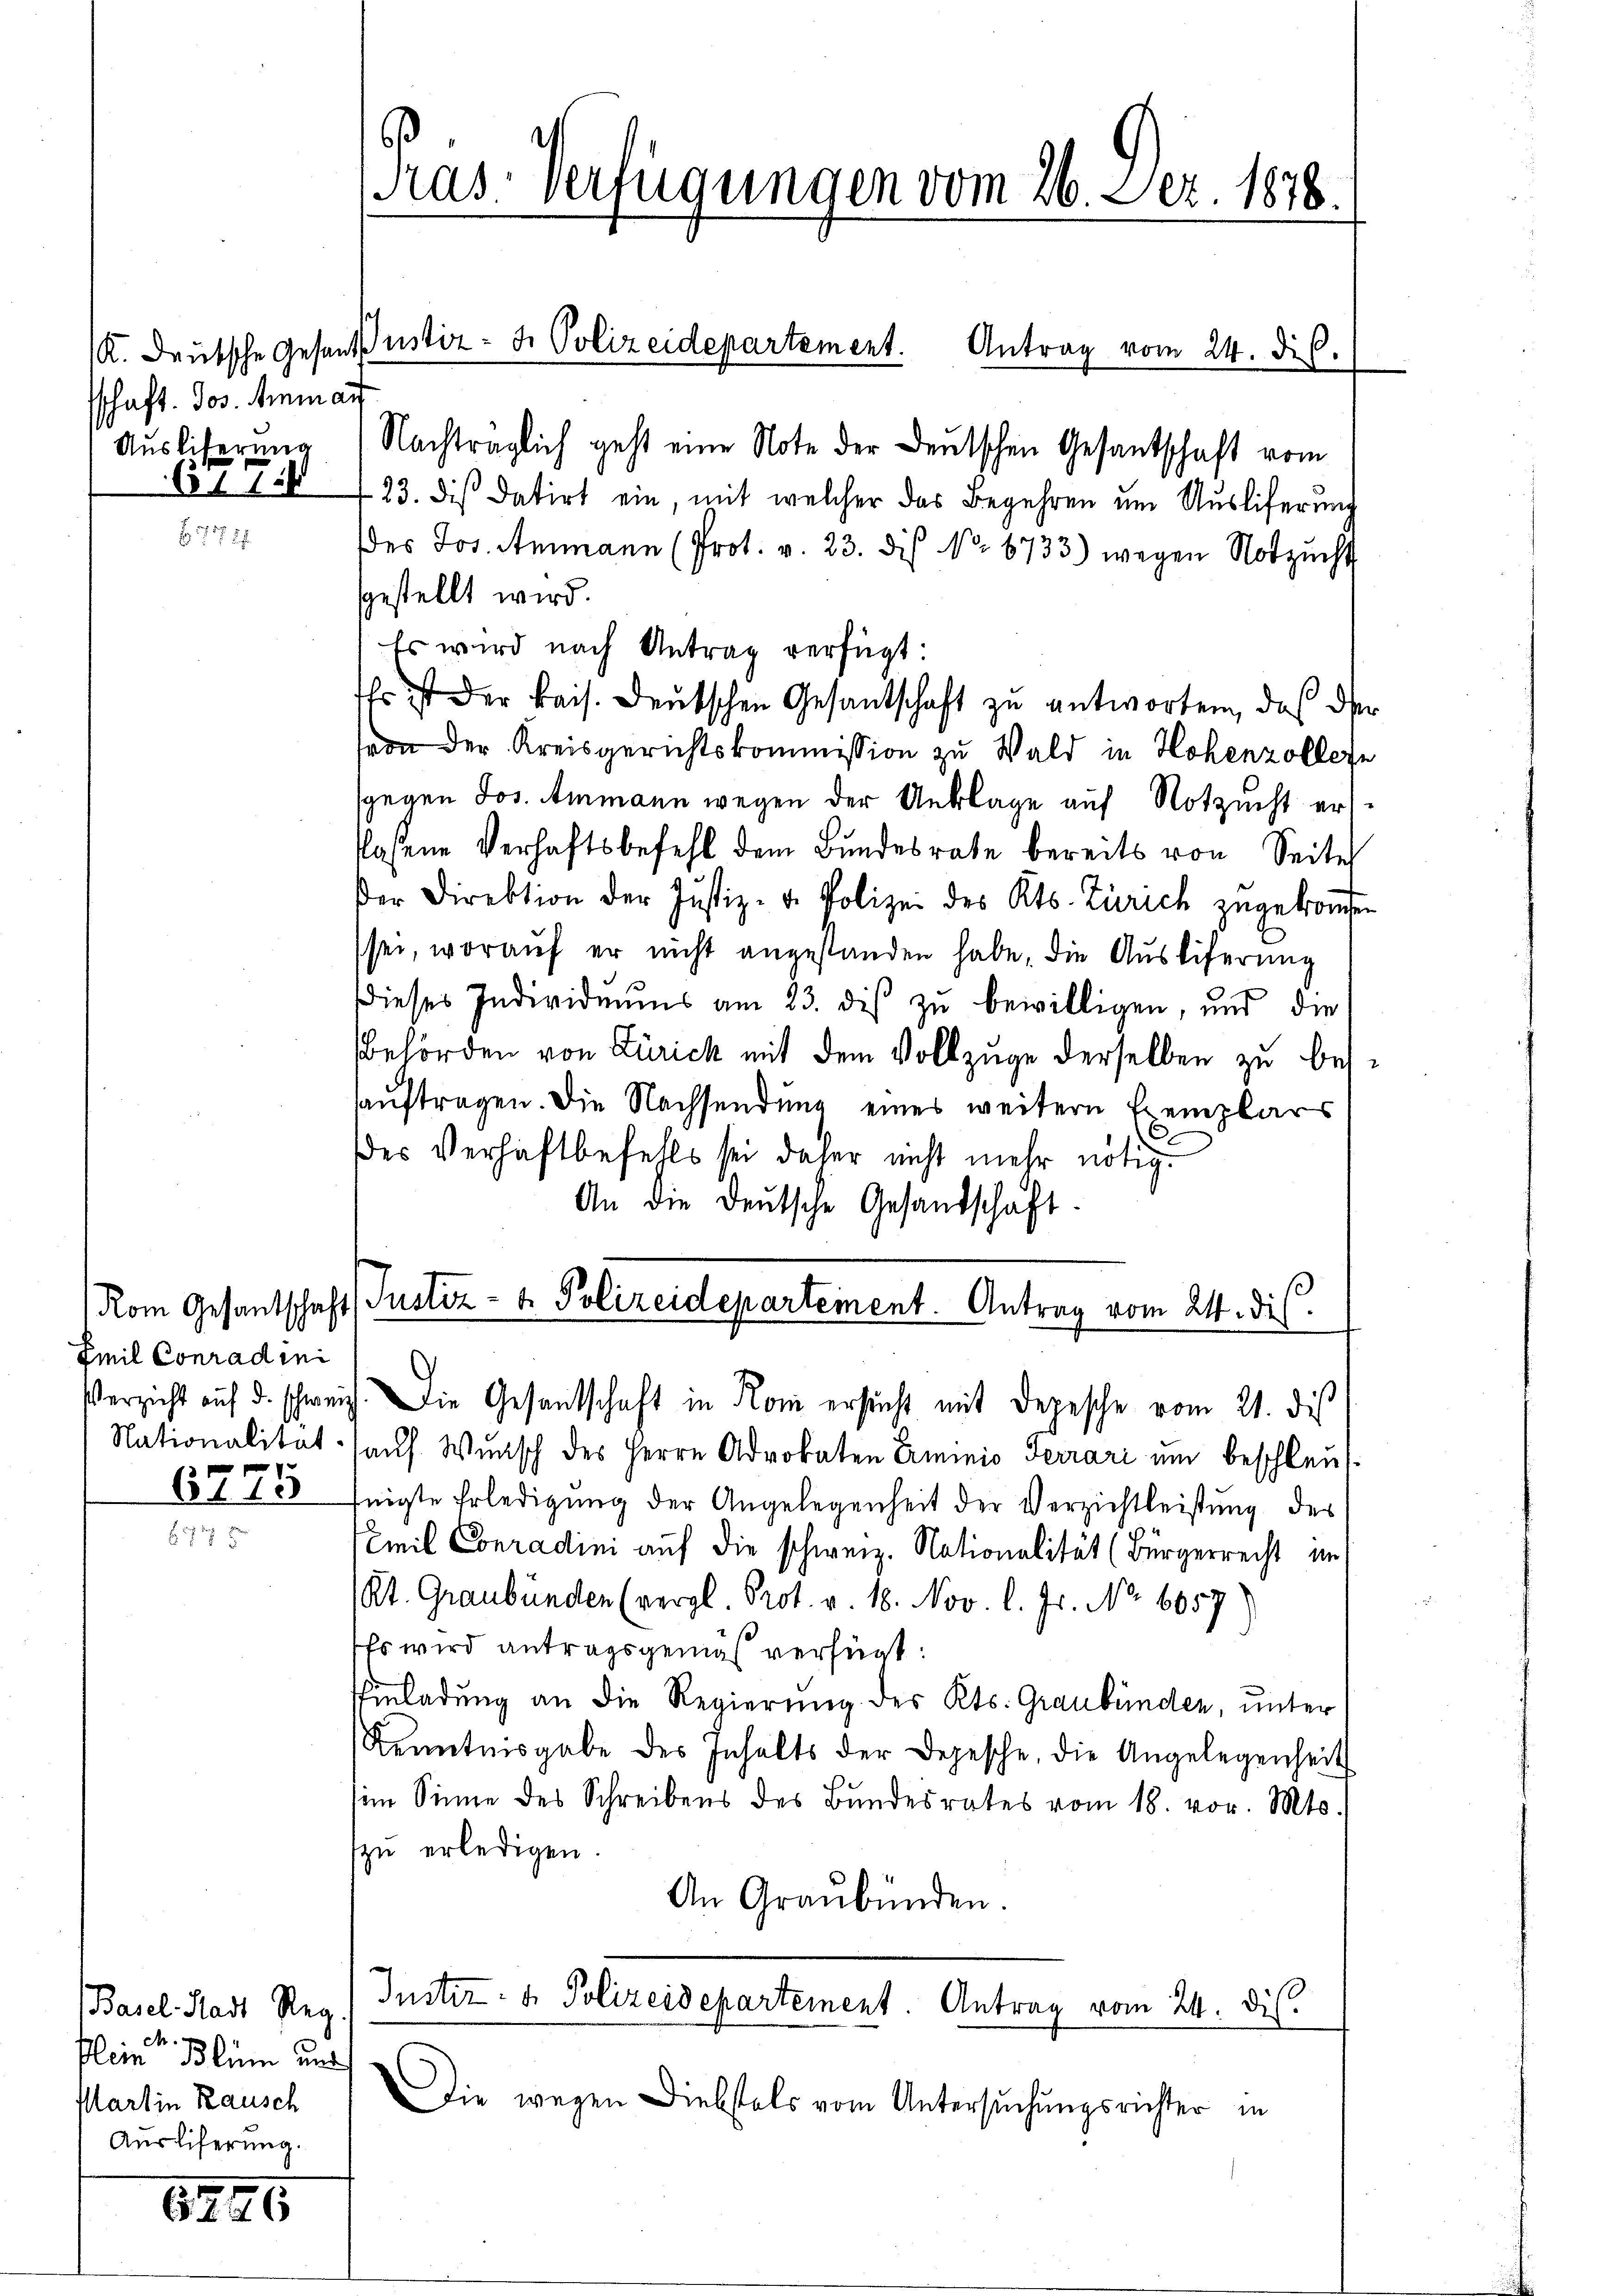
schaft. Jos. Mein auf
Auslieferung

Emil Conradini
6775

f. 717

Basel Stadt Reg
0
Klein Blin und
Plartin Rausch
Ausliferung.

6240

Nachträglich geht eine Note der Deutschen Gesantschaft vom
631 158 (23. dis datirt ein, mit welcher das Begehren um Ausliferung
des Jos. Ammann (Prot. v. 23. diβ No. 6733) wegen Notzŭcht
sgestellt wird.
Es wird nach Antrag verfügt:
Er ist der kais. Deutschen Gesantschaft zu antworten, daß der
von der Kreisgerichtskommission zu Wald in Hohenzollen
sgegen Jos. Ammann wegen der Anklage auf Notzucht ersflassene Verhaftsbefehl dem Bundesrate bereits von Seiter
er Direktion der Justiz- u. Polizei des Kts. Zürich zŭgekoṁen
sei, worauf er nicht angestanden habe, die Ausliferung
dieses Individuums am 23. diβ zŭ bewilligen, und die
Bbehörden von Zürich mit dem Vollzuge derselben zu besauftragen. Die Nachsendung eines weiteren Exemplars
des Verhaftbefehls sei daher nicht mehr nötig.
An die deutsche Gesandschaft.
Rom Gesandschaft (Justiz- & Polizeidepartement. Antrag vom 24. dis

Pras. Verfügungen vom 26. Dez. 1878.

K. Deutsche Gesandustiz- u. Polizeidepartement. Antrag vom 24. dic.

Verzicht auf d. schweiz. Die Gesantschaft in Rom ersucht mit Depesche vom 21. des
Nationalität sauf Wunsch des Herrn Advokaten Erminio Ferrari um beschleustnigte Erledigung der Angelegenheit der Verzichtleistung des
Emil Conradini auf die schweiz. Nationalität (Bürgerrecht im
Kt. Graubünden (vergl. Prot. v. 18. Nov. l. Js. No. 6057)
Es wird antragsgemäß verfügt:
Einladung an die Regierung des Kts. Graubünden, unter
Kenntnisgabe des Inhalts der Depesche, die Angelegenheit
im Sinne des Schreibens des Bŭndesrates vom 18. vor. Mts.
zu erledigen.
An Graubünden.

Justiz- & Polizeidepartement. Antrag vom 24. dis.

Die wegen Diebstals vom Untersuchungsrichter in